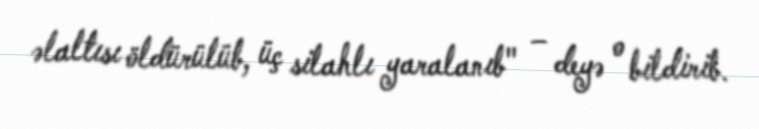
əlaltısı öldürülüb, üç silahlı yaralanıb" – deyə o bildirib.